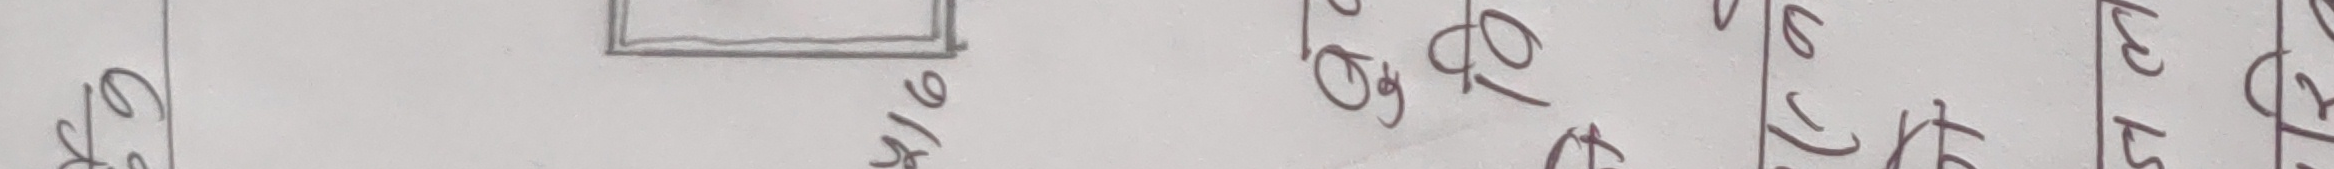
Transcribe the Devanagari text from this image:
श्रेष्ठ यो के भएको ले के ही